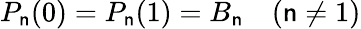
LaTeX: P_{\mathsf{n}}(0)=P_{\mathsf{n}}(1)=B_{\mathsf{n}}\quad(\mathsf{n}\neq1)